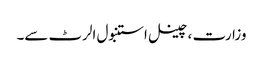
وزارت ، چینل استنبول الرٹ سے۔